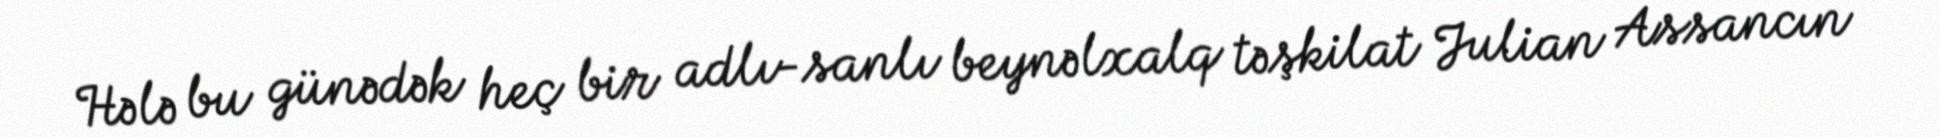
Hələ bu günədək heç bir adlı-sanlı beynəlxalq təşkilat Julian Assancın